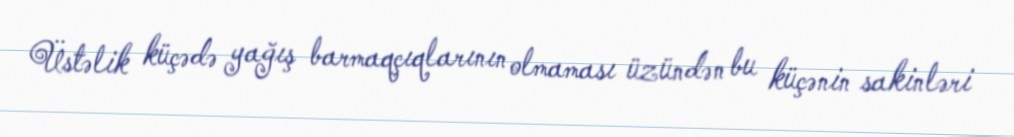
Üstəlik küçədə yağış barmaqçıqlarının olmaması üzündən bu küçənin sakinləri